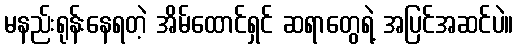
မနည်းရုန်းနေရတဲ့ အိမ်ထောင်ရှင် ဆရာတွေရဲ့ အပြင်အဆင်ပဲ။